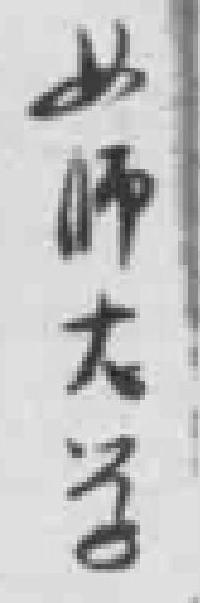
女師大学